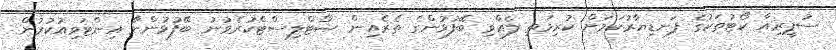
ސުޕީރިއާ ކޯޓުތަކުގެ ފަނޑިޔާރުކަމަށް ކުރިމަތި ލެއްވި ބޭފުޅުންގެ ތެރެއިން ޝޯޓްލިސްޓްކުރެވުނު ބޭފުޅުންނާ އިންޓަވިއުކުރުން